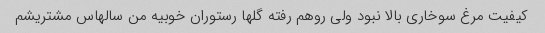
کیفیت مرغ سوخاری بالا نبود ولی روهم رفته گلها رستوران خوبیه من سالهاس مشتریشم